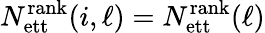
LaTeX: N_{\mathrm{ett}}^{\mathrm{rank}}(i,\ell)=N_{\mathrm{ett}}^{\mathrm{rank}}(\ell)